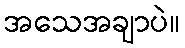
အသေအချာပဲ။